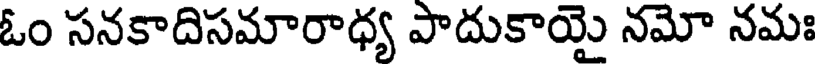
ఓం సనకాదిసమారాధ్య పాదుకాయై నమో నమః